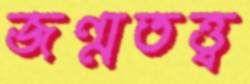
জন্মতত্ত্ব